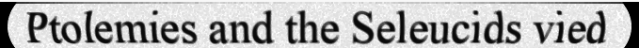
Ptolemies and the Seleucids vied